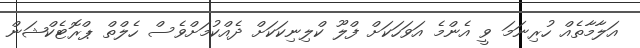
އަލާމާތެއް ހުރިނަމަ ވީ އެންމެ އަވަހަކަށް ފްލޫ ކްލިނިކަކަށް ދެއްކުމަށްވެސް ހެލްތް ޕްރޮޓެކްޝަން